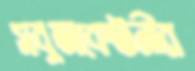
সবুজবেষ্টনীর